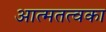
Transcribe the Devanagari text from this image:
आत्मतत्वका